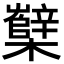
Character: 櫱